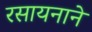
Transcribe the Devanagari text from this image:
रसायनाने